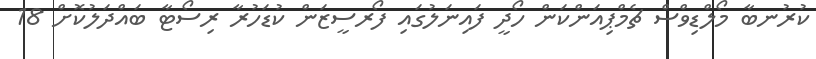
ކުރުނބާ މޯލްޑިވްސް ޗެމްޕިއަންކަން ހޯދީ ފައިނަލުގައި ފޯރސީޒަން ކުޑަހުރާ ރިސޯޓާ ބައްދަލުކޮށް 18